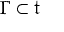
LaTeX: \Gamma \subset { \mathfrak { t } }